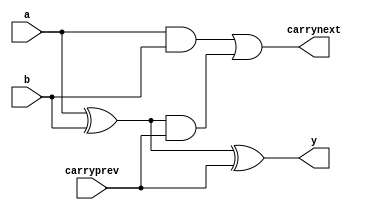
module operation(a, b, carryprev, carrynext, y);
input a, b, carryprev;
output carrynext, y;

assign y=a^b^carryprev;
assign carrynext=(a&b)|((a^b)&carryprev);
endmodule